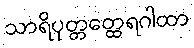
သာရိပုတ္တတ္ထေရဂါထာ